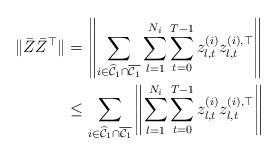
LaTeX: \begin{align*} \|\bar{Z}\bar{Z}^\top\| &= \left\| \sum_{i \in \widehat{\mathcal{C}}_1 \cap \overline{\mathcal{C}_1} } \sum_{l=1}^{N_i} \sum_{t=0}^{T-1} z^{(i)}_{l,t}z^{(i),\top}_{l,t} \right\|\\ &\leq \sum_{i \in \widehat{\mathcal{C}}_1 \cap \overline{\mathcal{C}_1} } \left\| \sum_{l=1}^{N_i} \sum_{t=0}^{T-1} z^{(i)}_{l,t}z^{(i),\top}_{l,t} \right\|\end{align*}